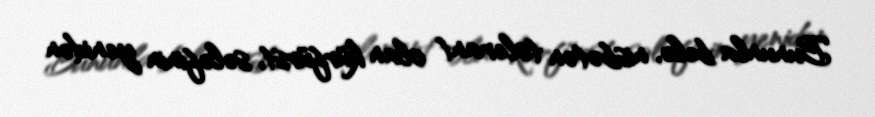
Bununla belə, nisbətən tolerant olan kürfürst, sələfinin yenidən